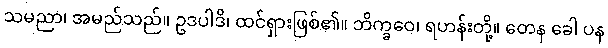
သမညာ၊ အမည်သည်။ ဥဒပါဒိ၊ ထင်ရှားဖြစ်၏။ ဘိက္ခဝေ၊ ရဟန်းတို့။ တေန ခေါ ပန